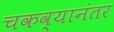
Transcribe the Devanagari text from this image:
चकव्यानंतर